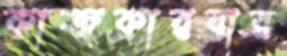
কাজকারবার